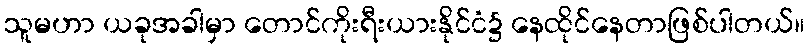
သူမဟာ ယခုအခါမှာ တောင်ကိုးရီးယားနိုင်ငံ၌ နေထိုင်နေတာဖြစ်ပါတယ်။